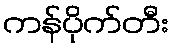
ကန်ပိုက်တီး